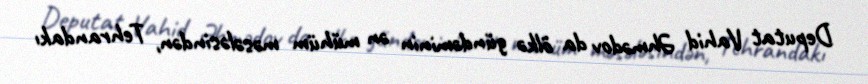
Deputat Vahid Əhmədov da ölkə gündəminin ən mühüm məsələsindən, Tehrandakı